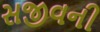
સજીવની